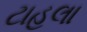
ટાહલા